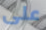
على